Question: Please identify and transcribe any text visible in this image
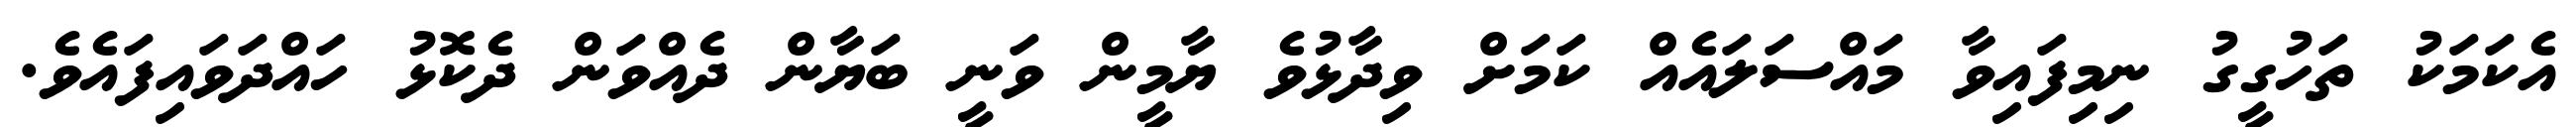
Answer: އެކަމަކު ތަހުގީގު ނިމިފައިވާ މައްސަލައެއް ކަމަށް ވިދާޅުވެ ޔާމީން ވަނީ ބަޔާން ދެއްވަން ދެކޮޅު ހައްދަވައިފައެވެ.